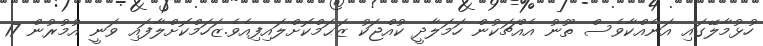
ހުޅުމާލޭގައި އަނެއްކާވެސް ތޫނު އެއްޗަކުން ހަމަލާދީ ކުއްޖަކު ޒަޙަމްކޮށްލައިފިއެވެ.ޒަހަމްކޮށްލާފައި ވަނީ އުމުރުން 17